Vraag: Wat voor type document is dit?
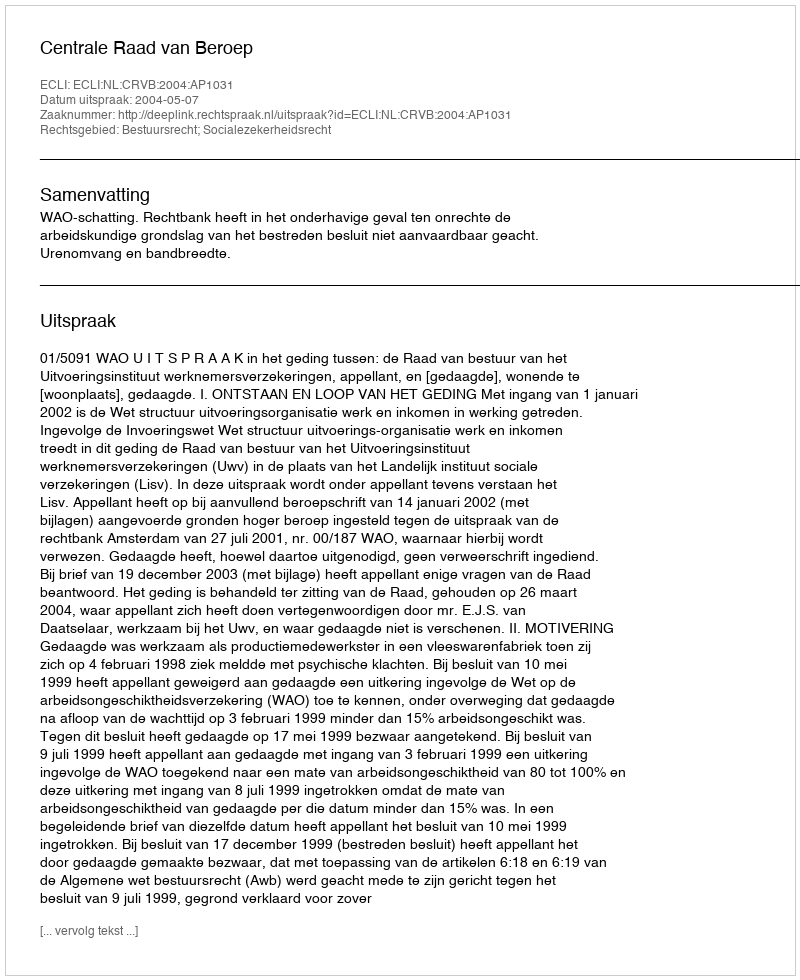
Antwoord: Uitspraak